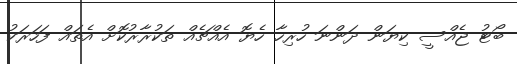
ބޯޓު ޖެއްސީ ކިޔަން ދަންނަ ހުރިހާ ހެޔޮ އެއްޗެއް ތަކުރާރުކޮށް އެތައް ފަހަރަކު